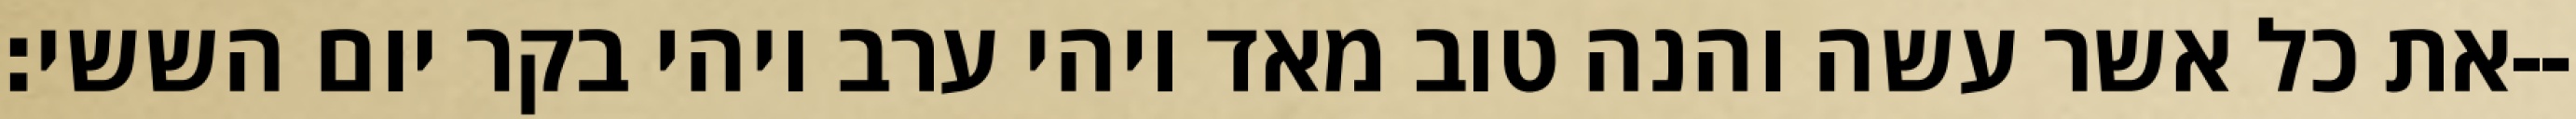
את כל אשר עשה והנה טוב מאד ויהי ערב ויהי בקר יום הששי׃--